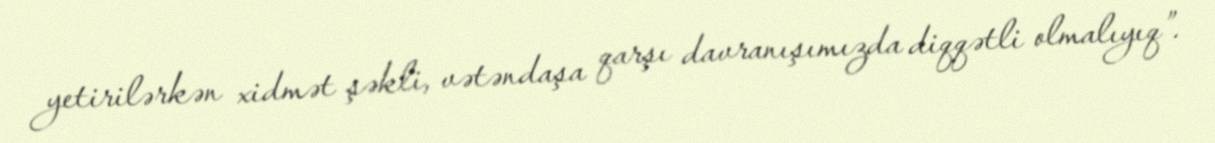
yetirilərkən xidmət şəkli, vətəndaşa qarşı davranışımızda diqqətli olmalıyıq”.